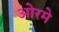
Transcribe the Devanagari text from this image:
ओरमे